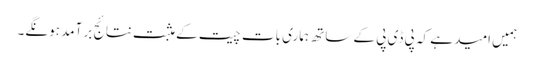
ہمیں امید ہے کہ پی ڈی پی کے ساتھ ہماری بات چیت کے مثبت نتائج بر آمد ہونگے۔